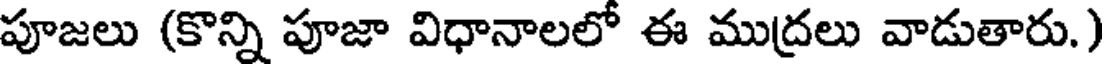
పూజలు (కొన్ని పూజా విధానాలలో ఈ ముద్రలు వాడుతారు.)